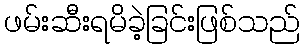
ဖမ်းဆီးရမိခဲ့ခြင်းဖြစ်သည်